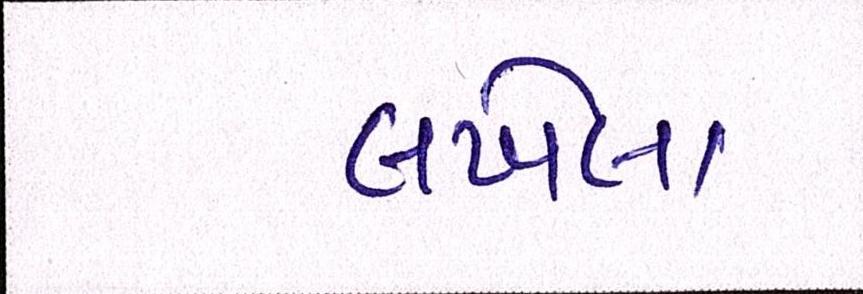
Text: લખેલા